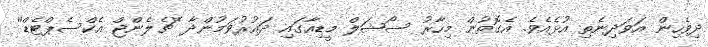
ދިވެހިން އަވަދިނެތި އުޅެއެވެ. އެގޮތުން މިހާރު ސޯޝަލް މީޑިއާގައި ދައުރުވަމުންދާ ''ޗެލެންޖް އެކްސެޕްޓެޑް''